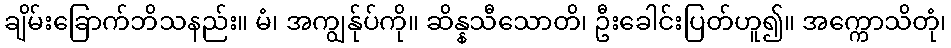
ချိမ်းခြောက်ဘိသနည်း။ မံ၊ အကျွန်ုပ်ကို။ ဆိန္နသီသောတိ၊ ဦးခေါင်းပြတ်ဟူ၍။ အက္ကောသိတုံ၊